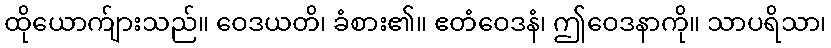
ထိုယောက်ျားသည်။ ဝေဒယတိ၊ ခံစား၏။ ဧတံဝေဒနံ၊ ဤဝေဒနာကို။ သာပရိသာ၊